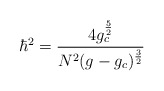
\begin{align*}\hbar^{2} = \frac{4 g_{c}^{\frac{5}{2}}}{N^{2} ( g - g_{c} )^{\frac{3}{2}}}\end{align*}